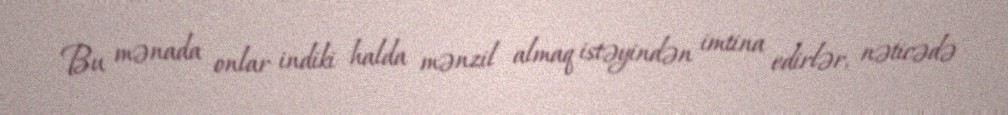
Bu mənada onlar indiki halda mənzil almaq istəyindən imtina edirlər, nəticədə